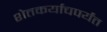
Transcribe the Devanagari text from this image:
शेतकर्याचपर्यंत